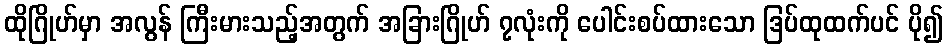
ထိုဂြိုဟ်မှာ အလွန် ကြီးမားသည့်အတွက် အခြားဂြိုဟ် ၇လုံးကို ပေါင်းစပ်ထားသော ဒြပ်ထုထက်ပင် ပို၍